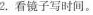
2.看镜子写时间。